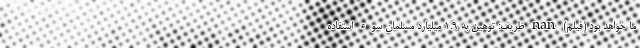
ما خواهد بود (فیلم) nan ظریف: توهین به 1.9 میلیارد مسلمان سوء استفاده